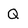
Character: Q